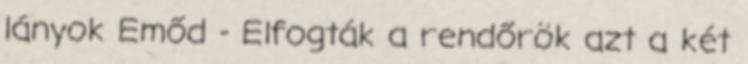
lányok Emőd - Elfogták a rendőrök azt a két